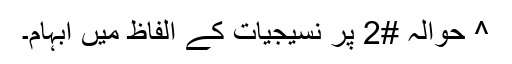
^ حوالہ #2 پر نسیجیات کے الفاظ میں ابہام۔